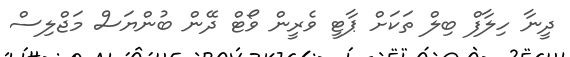
ދީނާ ހިލާފް ބިލް ތަކަށް ޕާޓީ ވެރީން ވޯޓް ދޭން ބުންޔަސް މަޖްލިސް